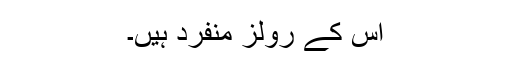
اس کے رولز منفرد ہیں۔